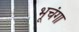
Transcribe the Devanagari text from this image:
भूचंगा